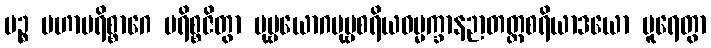
ပဉ္စ မဟာပရိစ္စာဂေ ပရိစ္စဇိတွာ ပုဗ္ဗယောဂပုဗ္ဗစရိယဓမ္မက္ခာနဉာတတ္ထစရိယာဒယော ပူရေတွာ